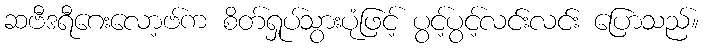
ဆဗီဒရီဂေးလော့ဗ်က စိတ်ရှုပ်သွားပုံဖြင့် ပွင့်ပွင့်လင်းလင်း ပြောသည်။